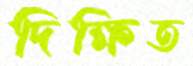
দিক্ষিত